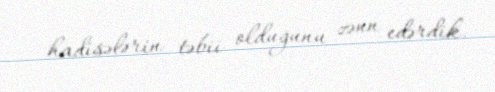
hadisələrin təbii olduğunu zənn edərdik.